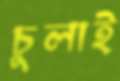
চুলাই